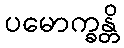
ပမောက္ခန္တိ